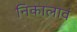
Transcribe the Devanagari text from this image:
निकालावं